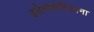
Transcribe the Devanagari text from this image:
इबेरोमेरिकाना